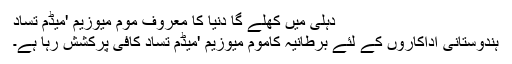
دہلی میں کھلے گا دنیا کا معروف موم میوزیم 'میڈم تُساد
ہندوستانی اداکاروں کے لئے برطانیہ کاموم میوزیم 'میڈم تُساد کافی پرکشش رہا ہے۔